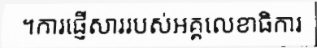
។ការផ្ញើសាររបស់អគ្គលេខាធិការ